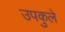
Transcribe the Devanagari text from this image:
उपकुले